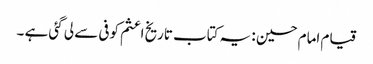
قیام امام حسین : یہ کتاب تاریخ اعثم کوفی سے لی گئی ہے ۔